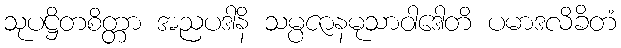
သုပဋ္ဌိတစိတ္တာ အညပဒါနိ သမ္ပဇာနမုသာဝါဒေါတိ ပမာဒလိခိတံ